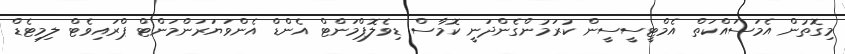
މިގޮތުން އެމަސައްކަތް އެމްޓީސީސީން ކުރަމުންގެންދަނީ ކޮމާސް ޑިވެލޮޕްމަންޓް އެންޑް އެންވަޔަރަންމަންޓް ޕްރައިވެޓް ލިމިޓެޑް